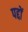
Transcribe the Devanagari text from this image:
पद्दों